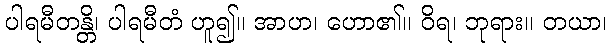
ပါရမီတန္တိ၊ ပါရမီတံ ဟူ၍။ အာဟ၊ ဟော၏။ ဝိရ၊ ဘုရား။ တယာ၊